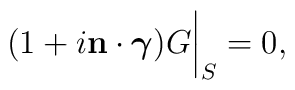
(1+i{\bf n}\cdot\mbox{\boldmath{$\gamma$}})G\bigg|_{S}=0,